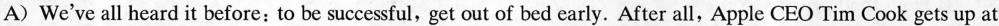
A) We've all heard it before: to be successful, get out of bed early. After all, Apple CEO Tim Cook gets up at